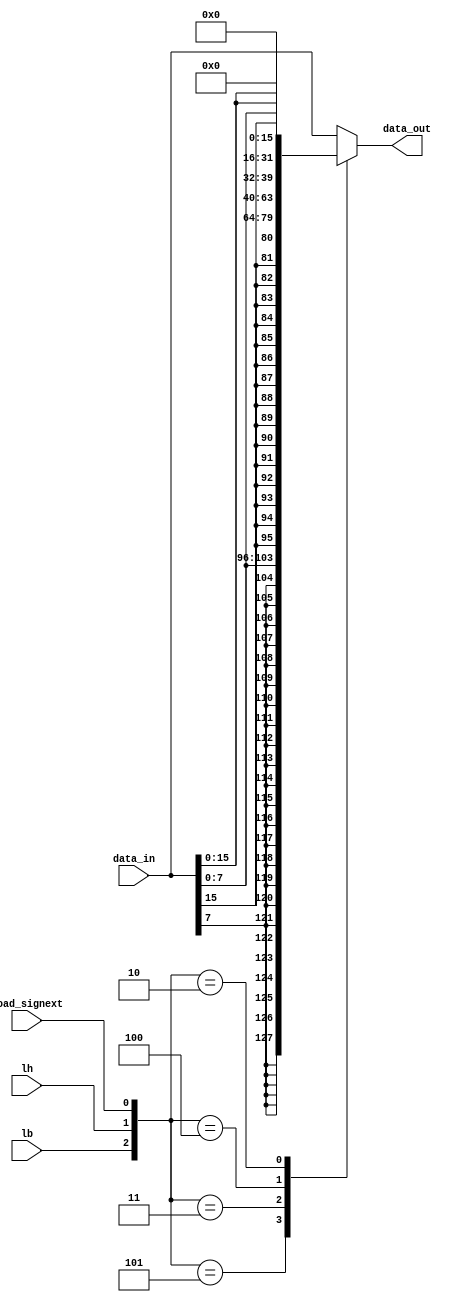
`timescale 1ns / 1ps

module load_modifier (
    input wire lb, lh, load_signext,
    input wire [31:0] data_in,
    output reg [31:0] data_out
);
    always @(*)
    begin
        casez({lb,lh,load_signext})
            3'b00?: data_out = data_in;                              // lw
            3'b101: data_out = { {24{data_in[7]}}, data_in[7:0] };   // lb
            3'b011: data_out = { {16{data_in[15]}}, data_in[15:0] }; // lh
            3'b100: data_out = { {24{1'b0}}, data_in[7:0] };         // lbu
            3'b010: data_out = { {16{1'b0}}, data_in[15:0] };        // lhu
            default: data_out = data_in;
        endcase
    end
endmodule